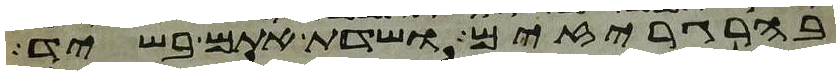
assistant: בהרגריזים ושדת אתם בשיד